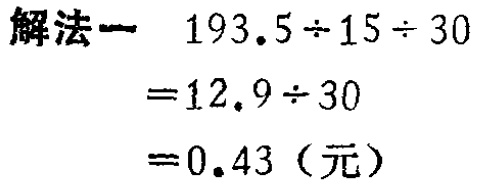
解法一

\[

\begin{align*}

193.5\div15\div30&=12.9\div30\\

&=0.43（元）

\end{align*}

\]